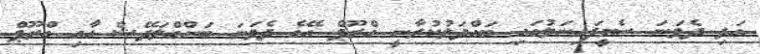
އަދި ދެވަނަ ސެމީފައިނަލުގައި ބައްދަލުކުރާނީ ގްރޫޕް އޭގެ ދެވަނަ ބަންގްލަދޭޝް އާއި ގްރޫޕް